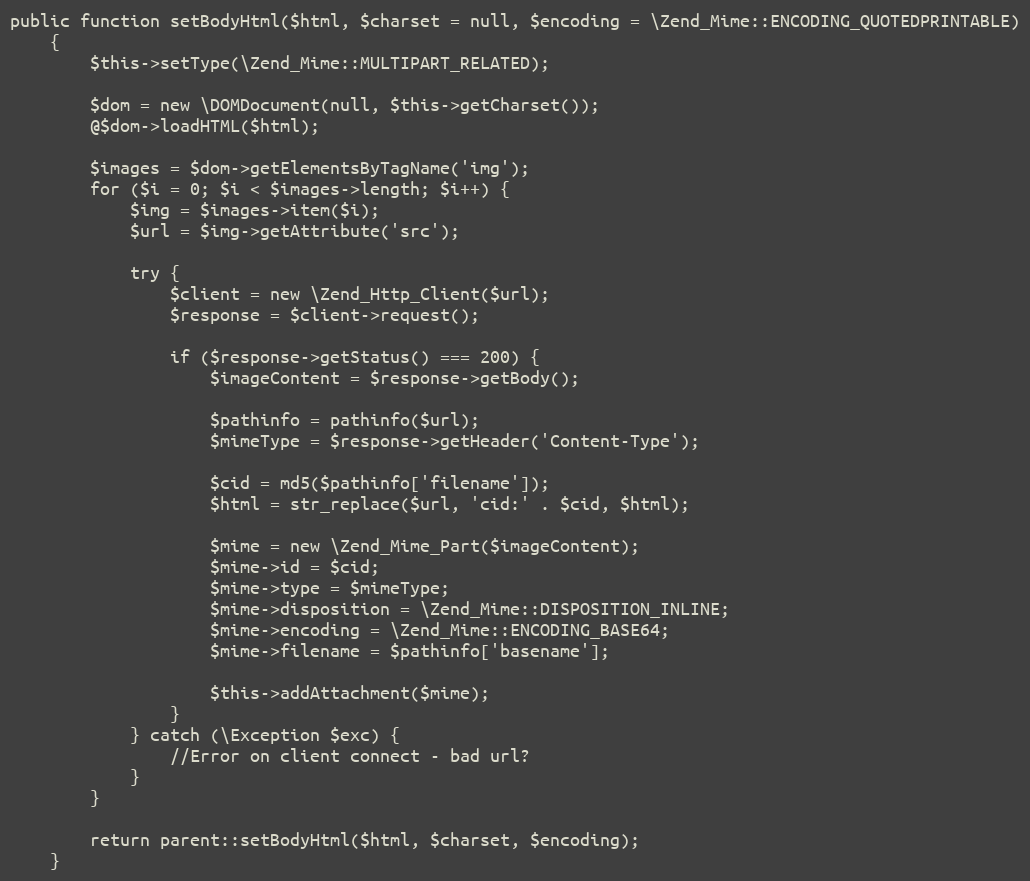
Language: PHP
public function setBodyHtml($html, $charset = null, $encoding = \Zend_Mime::ENCODING_QUOTEDPRINTABLE)
    {
        $this->setType(\Zend_Mime::MULTIPART_RELATED);

        $dom = new \DOMDocument(null, $this->getCharset());
        @$dom->loadHTML($html);

        $images = $dom->getElementsByTagName('img');
        for ($i = 0; $i < $images->length; $i++) {
            $img = $images->item($i);
            $url = $img->getAttribute('src');

            try {
                $client = new \Zend_Http_Client($url);
                $response = $client->request();

                if ($response->getStatus() === 200) {
                    $imageContent = $response->getBody();

                    $pathinfo = pathinfo($url);
                    $mimeType = $response->getHeader('Content-Type');

                    $cid = md5($pathinfo['filename']);
                    $html = str_replace($url, 'cid:' . $cid, $html);

                    $mime = new \Zend_Mime_Part($imageContent);
                    $mime->id = $cid;
                    $mime->type = $mimeType;
                    $mime->disposition = \Zend_Mime::DISPOSITION_INLINE;
                    $mime->encoding = \Zend_Mime::ENCODING_BASE64;
                    $mime->filename = $pathinfo['basename'];

                    $this->addAttachment($mime);
                }
            } catch (\Exception $exc) {
                //Error on client connect - bad url?
            }
        }

        return parent::setBodyHtml($html, $charset, $encoding);
    }